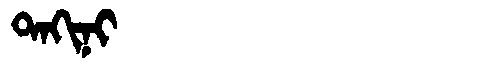
Manchu: ᡨᠠᡴᡳᠨᡳ
Romanization: TAKINI